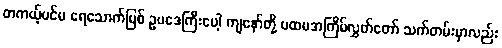
တကယ့်ပင်မ ရေသောက်မြစ် ဥပဒေကြီးပေါ့ ကျနော်တို့ ပထမအကြိမ်လွှတ်တော် သက်တမ်းမှာလည်း